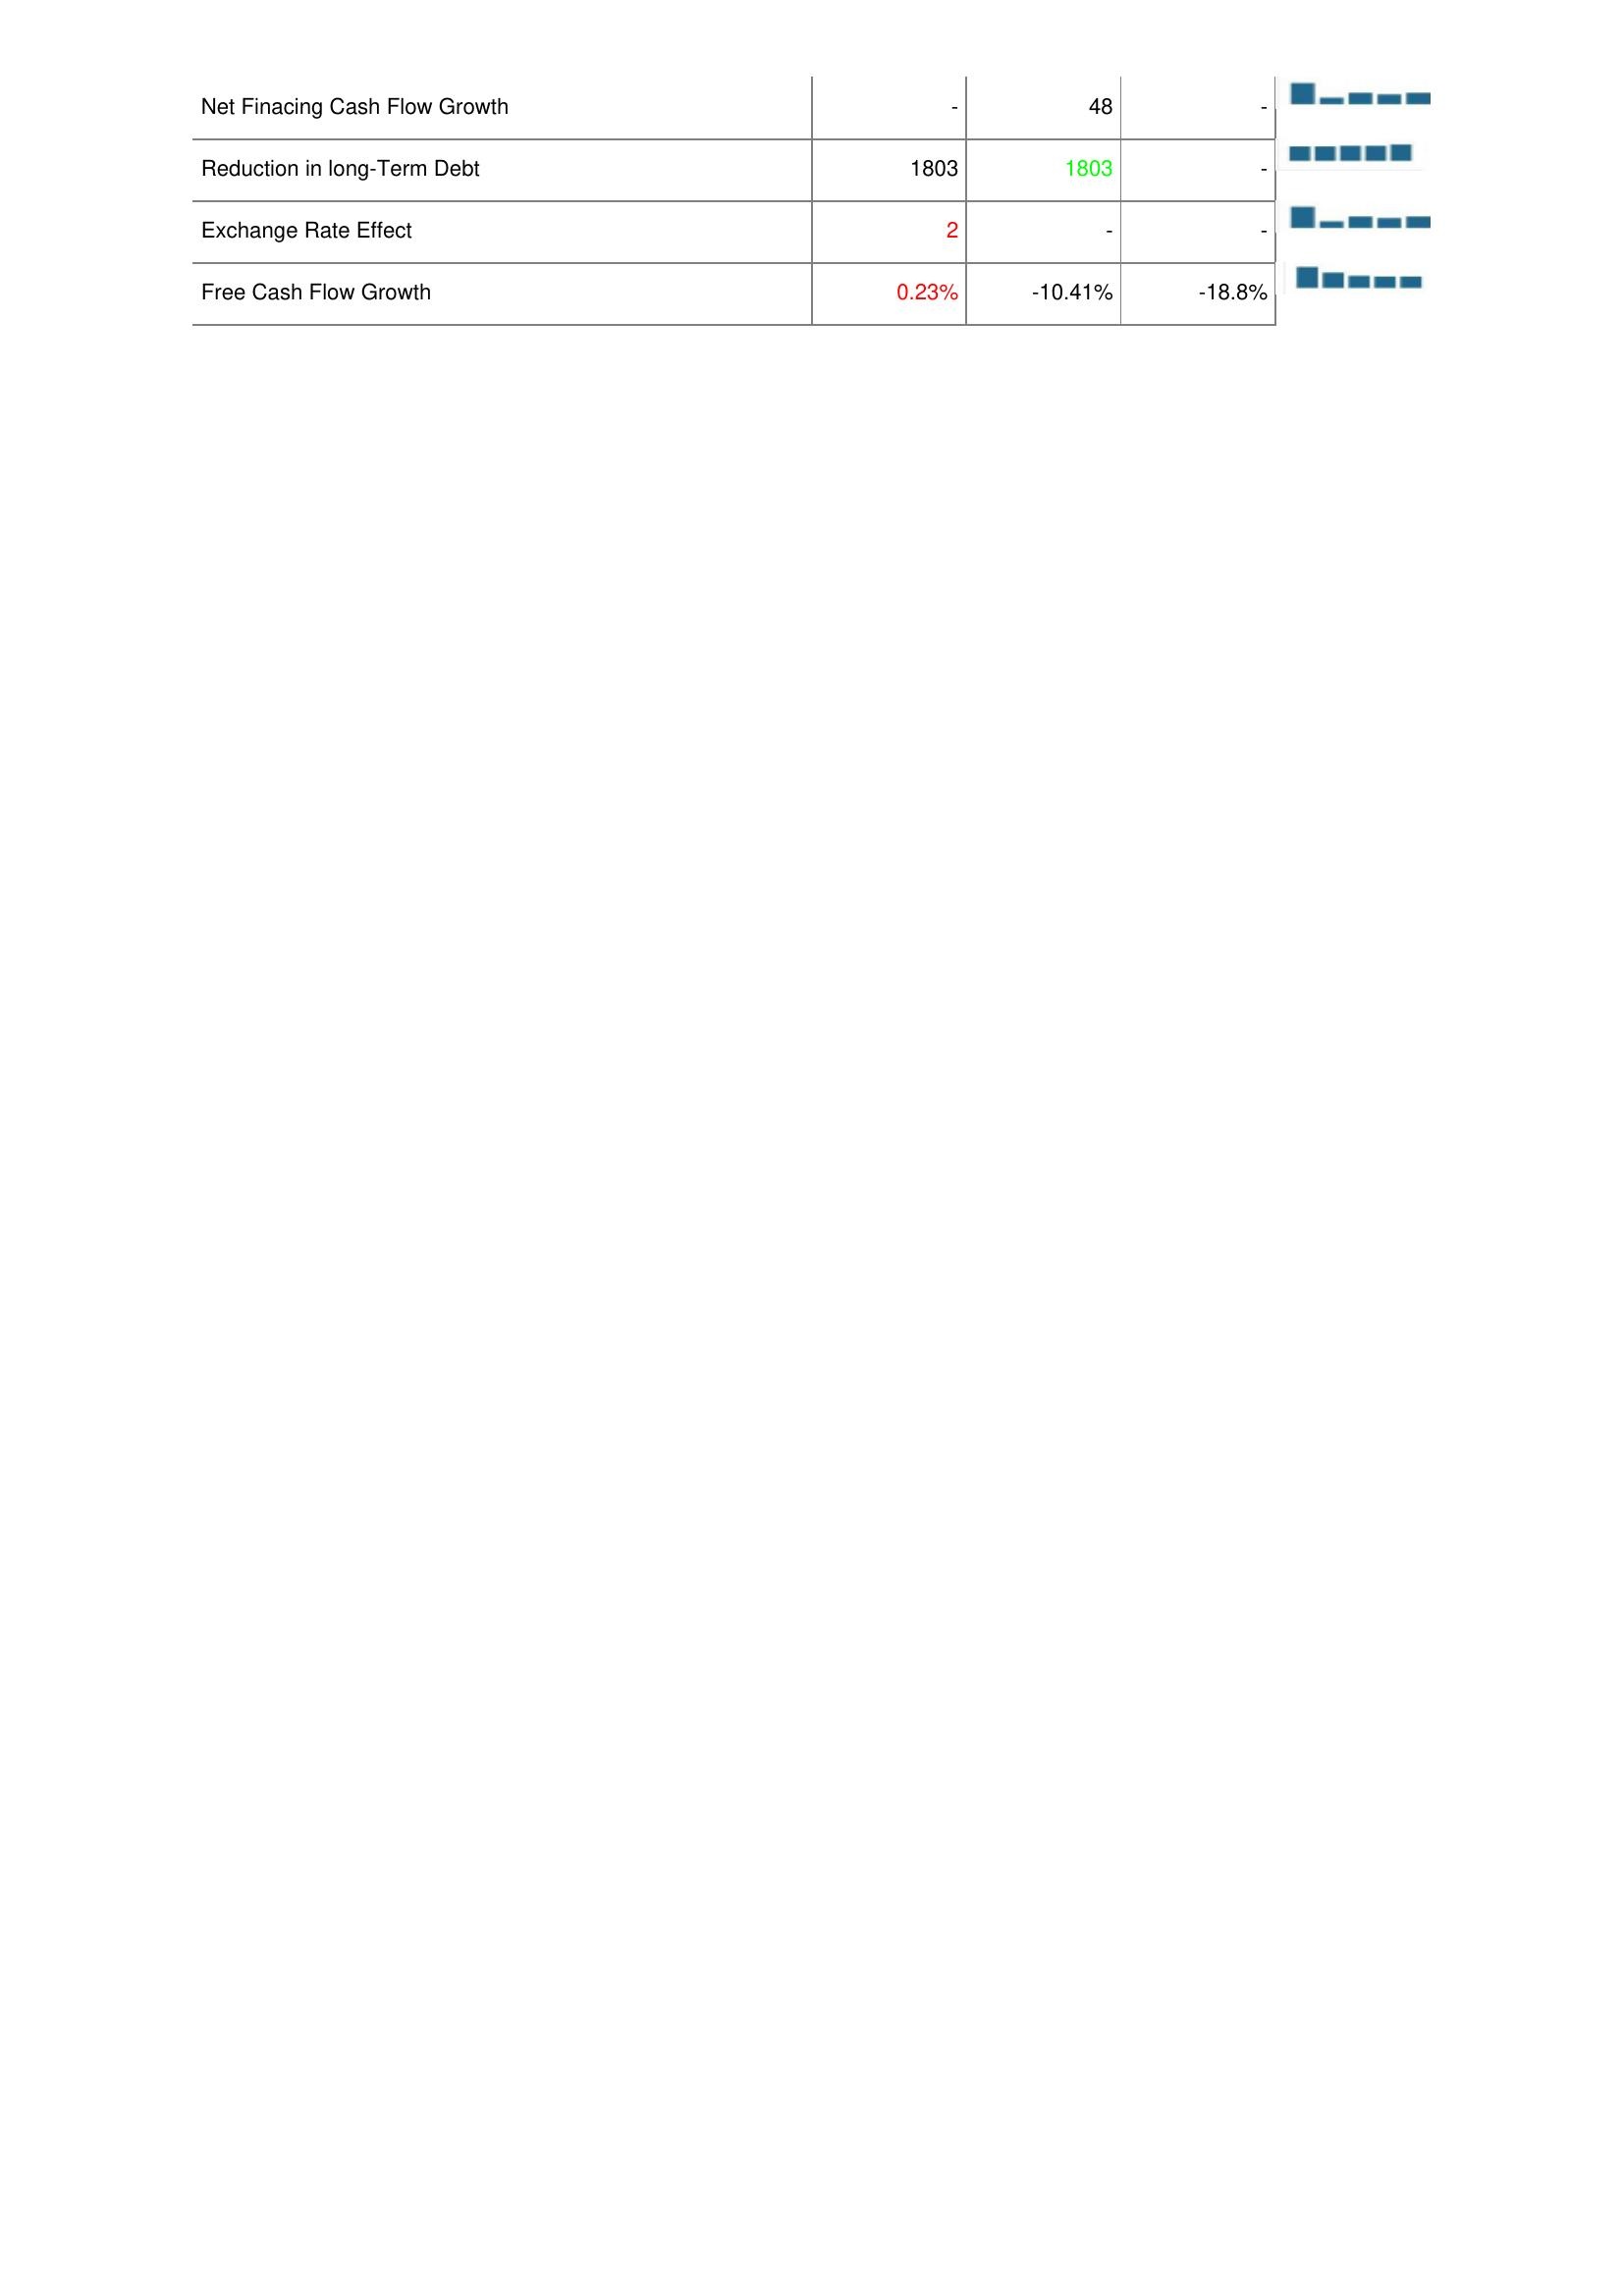
2018: Financing Activities: Net Finacing Cash Flow Growth: -
Reduction in long-Term Debt: 1803
Exchange Rate Effect: 2
Free Cash Flow Growth: 0.23%
2017: Financing Activities: Net Finacing Cash Flow Growth: 48
Reduction in long-Term Debt: 1803
Exchange Rate Effect: -
Free Cash Flow Growth: -10.41%
2016: Financing Activities: Net Finacing Cash Flow Growth: -
Reduction in long-Term Debt: -
Exchange Rate Effect: -
Free Cash Flow Growth: -18.8%